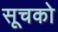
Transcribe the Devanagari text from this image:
सूचको